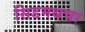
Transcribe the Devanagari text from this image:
सिडमथचा